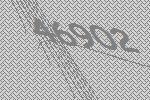
46902